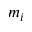
m _ { i }